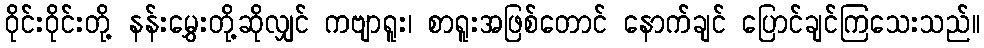
ဝိုင်းဝိုင်းတို့ နန်းမွှေးတို့ဆိုလျှင် ကဗျာရူး၊ စာရူးအဖြစ်တောင် နောက်ချင် ပြောင်ချင်ကြသေးသည်။